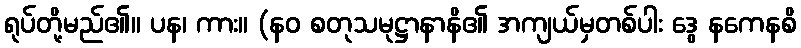
ရုပ်တို့မည်၏။ ပန၊ ကား။ (နဝ စတုသမုဋ္ဌာနာနိ၏ အကျယ်မှတစ်ပါး ဒွေ နကေနစိ